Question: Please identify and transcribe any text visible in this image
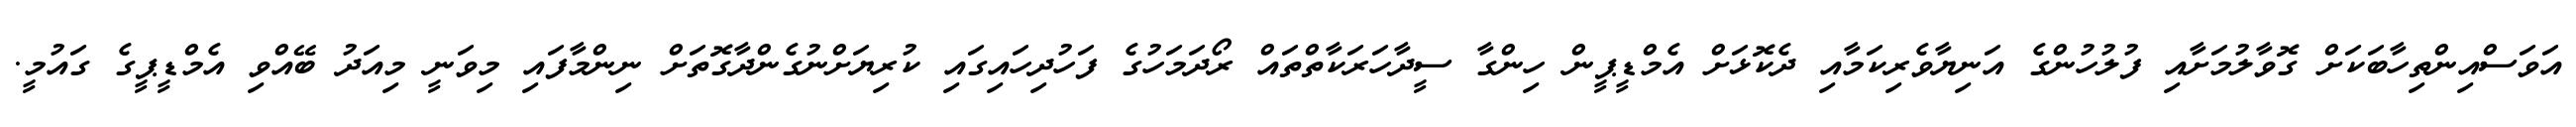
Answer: އަވަސްއިންތިހާބަކަށް ގޮވާލުމަށާއި ފުލުހުންގެ އަނިޔާވެރިކަމާއި ދެކޮޅަށް އެމްޑީޕީން ހިންގާ ސީދާހަރަކާތްތައް ރޯދަމަހުގެ ފަހުދިހައިގައި ކުރިޔަށްނުގެންދާގޮތަށް ނިންމާފައި މިވަނީ މިއަދު ބޭއްވި އެމްޑީޕީގެ ގައުމީ.